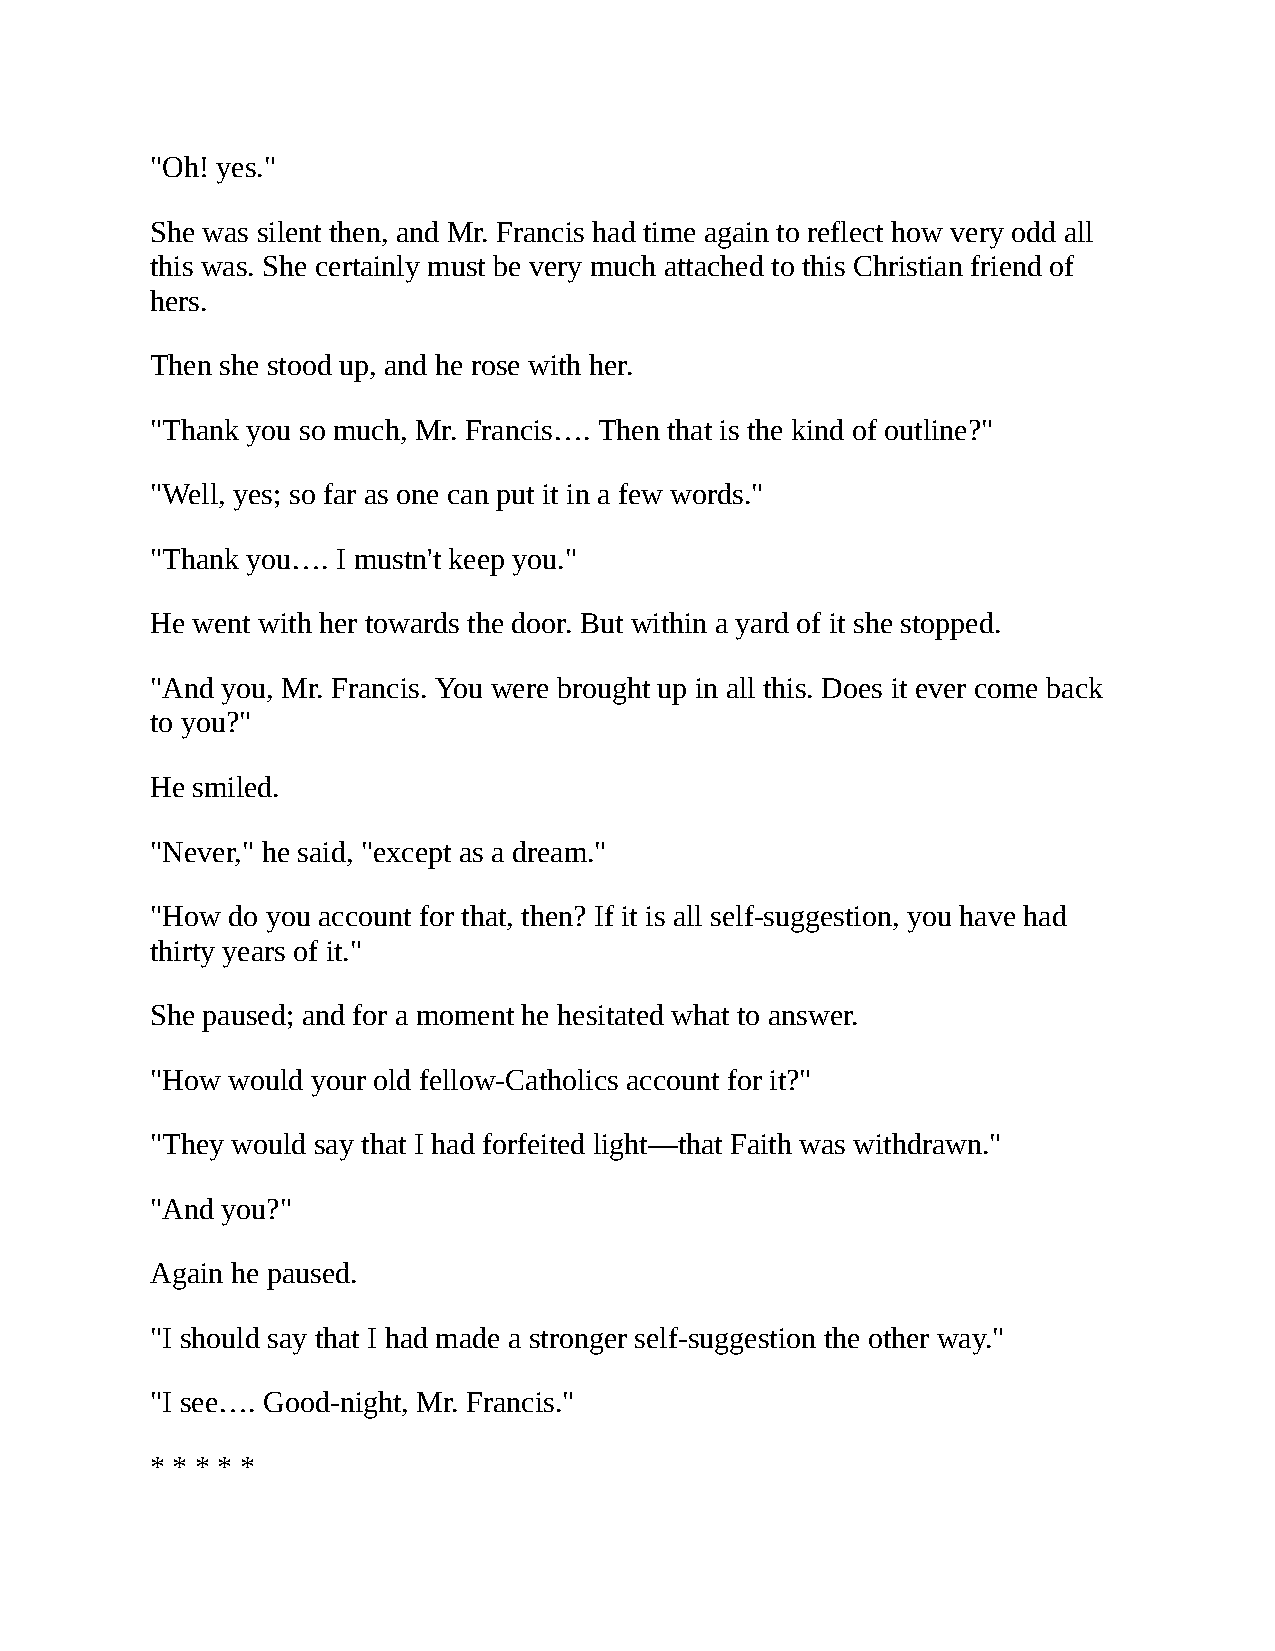
"Oh! yes."
 She was silent then, and Mr. Francis had time again to reflect how very odd all
 this was. She certainly must be very much attached to this Christian friend of
 hers.
 Then she stood up, and he rose with her.
 "Thank you so much, Mr. Francis…. Then that is the kind of outline?"
 "Well, yes; so far as one can put it in a few words."
 "Thank you…. I mustn't keep you."
 He went with her towards the door. But within a yard of it she stopped.
 "And you, Mr. Francis. You were brought up in all this. Does it ever come back
 to you?"
 He smiled.
 "Never," he said, "except as a dream."
 "How do you account for that, then? If it is all self-suggestion, you have had
 thirty years of it."
 She paused; and for a moment he hesitated what to answer.
 "How would your old fellow-Catholics account for it?"
 "They would say that I had forfeited light—that Faith was withdrawn."
 "And you?"
 Again he paused.
 "I should say that I had made a stronger self-suggestion the other way."
 "I see…. Good-night, Mr. Francis."
 * * * * *